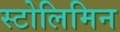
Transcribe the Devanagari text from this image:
स्टोलिमिन